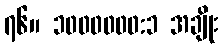
၇၆။ ၁၀၀၀၀၀၀:၁ အချိုး